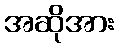
အဆိုအား